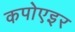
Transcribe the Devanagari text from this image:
कपोएइर